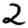
Digit: 2